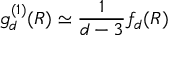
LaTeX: g _ { d } ^ { ( 1 ) } ( R ) \simeq \frac { 1 } { d - 3 } f _ { d } ( R )